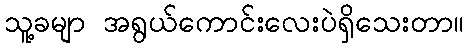
သူ့ခမျာ အရွယ်ကောင်းလေးပဲရှိသေးတာ။